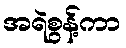
အရဲစွန့်ကာ